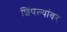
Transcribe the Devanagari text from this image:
शिंपल्यांवर